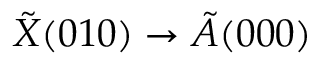
\tilde { X } ( 0 1 0 ) \rightarrow \tilde { A } ( 0 0 0 )